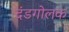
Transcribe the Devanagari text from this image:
दंडगोलक